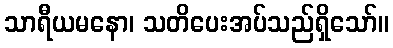
သာရီယမနော၊ သတိပေးအပ်သည်ရှိသော်။